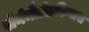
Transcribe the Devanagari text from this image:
सेनेमैतोग्रफियास